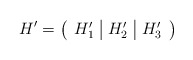
\begin{align*} H'=\left(\begin{array}{c|c|c} H_1'&H_2'& H_3' \end{array}\right)\end{align*}